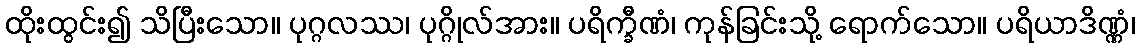
ထိုးထွင်း၍ သိပြီးသော။ ပုဂ္ဂလဿ၊ ပုဂ္ဂိုလ်အား။ ပရိက္ခီဏံ၊ ကုန်ခြင်းသို့ ရောက်သော။ ပရိယာဒိဏ္ဏံ၊